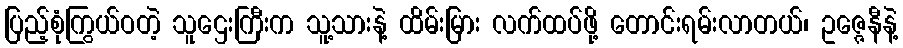
ပြည့်စုံကြွယ်ဝတဲ့ သူဌေးကြီးက သူ့သားနဲ့ ထိမ်းမြား လက်ထပ်ဖို့ တောင်းရမ်းလာတယ်၊ ဥဇ္ဇေနီနဲ့